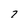
Character: 7